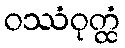
ဝဿံဝုတ္ထံ